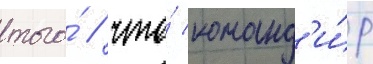
того́ / что́ команд'и́р